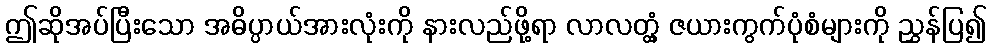
ဤဆိုအပ်ပြီးသော အဓိပ္ပာယ်အားလုံးကို နားလည်ဖို့ရာ လာလတ္တံ့ ဇယားကွက်ပုံစံများကို ညွှန်ပြ၍